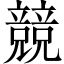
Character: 競